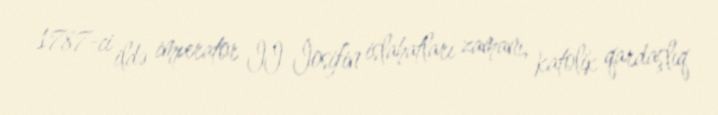
1787-ci ildə imperator II İosifin islahatları zamanı, katolik qardaşlıq